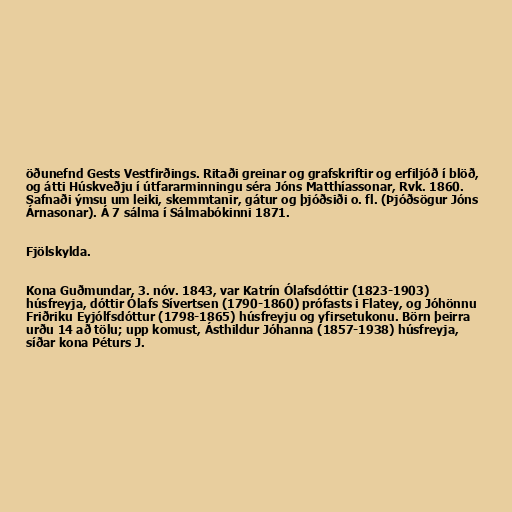
öðunefnd Gests Vestfirðings. Ritaði greinar og grafskriftir og erfiljóð í blöð,
og átti Húskveðju í útfararminningu séra Jóns Matthíassonar, Rvk. 1860.
Safnaði ýmsu um leiki, skemmtanir, gátur og þjóðsiði o. fl. (Þjóðsögur Jóns
Árnasonar). Á 7 sálma í Sálmabókinni 1871.

Fjölskylda.

Kona Guðmundar, 3. nóv. 1843, var Katrín Ólafsdóttir (1823-1903)
húsfreyja, dóttir Ólafs Sívertsen (1790-1860) prófasts i Flatey, og Jóhönnu
Friðriku Eyjólfsdóttur (1798-1865) húsfreyju og yfirsetukonu. Börn þeirra
urðu 14 að tölu; upp komust, Ásthildur Jóhanna (1857-1938) húsfreyja,
síðar kona Péturs J.